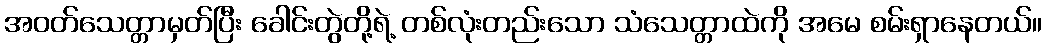
အဝတ်သေတ္တာမှတ်ပြီး ခေါင်းတွဲတို့ရဲ့ တစ်လုံးတည်းသော သံသေတ္တာထဲကို အမေ စမ်းရှာနေတယ်။